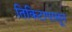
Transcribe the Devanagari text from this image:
तिकिटापासून